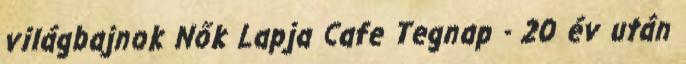
világbajnok Nők Lapja Cafe Tegnap - 20 év után